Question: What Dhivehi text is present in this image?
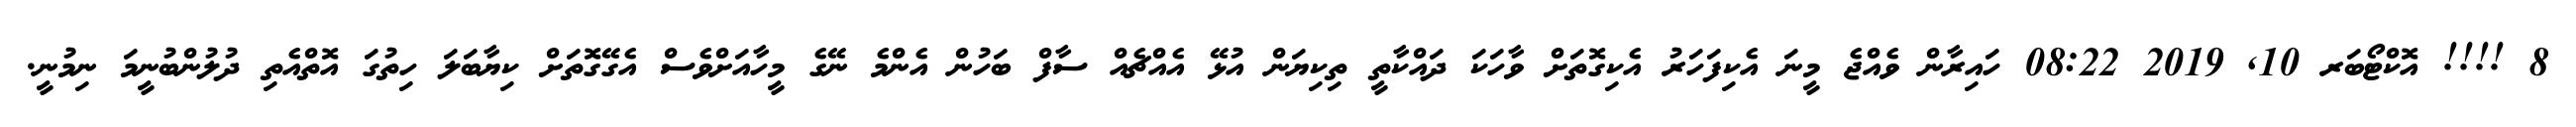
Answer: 8 !!!! އޮކްޓޯބަރ 10, 2019 08:22 ހައިރާން ވެއްޖެ މީނަ އެކިފަހަރު އެކިގޮތަށް ވާހަކަ ދައްކާތީ ތިކިޔަން އުޅޭ އެއްޗެއް ސާފް ބަހުން އެންމެ ނޭގެ މީހާއަށްވެސް އެގޭގޮތަށް ކިޔާބަލަ ހިތުގަ އޮތްއެތި ދުލުންބުނީމަ ނިމުނީ.